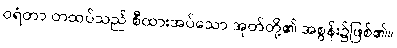
ဝရံတာ တထပ်သည် စီထားအပ်သော အုတ်တို့၏ အစွန်း၌ဖြစ်၏။